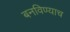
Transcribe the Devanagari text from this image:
बनविण्याच